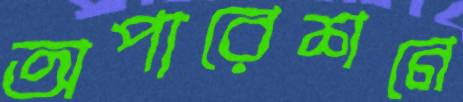
অপারেশনে